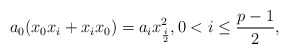
\begin{align*}a_0(x_0x_i + x_i x_0) = a_i x_{\frac{i}{2}}^2, 0 < i \leq \frac{p-1}{2},\end{align*}